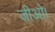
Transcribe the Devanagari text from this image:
जीओ।